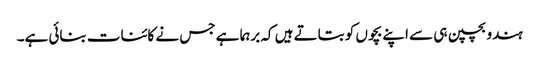
ہندو بچپن ہی سے اپنے بچوں کو بتاتے ہیں کہ برہما ہے جس نے کائنات بنائی ہے۔